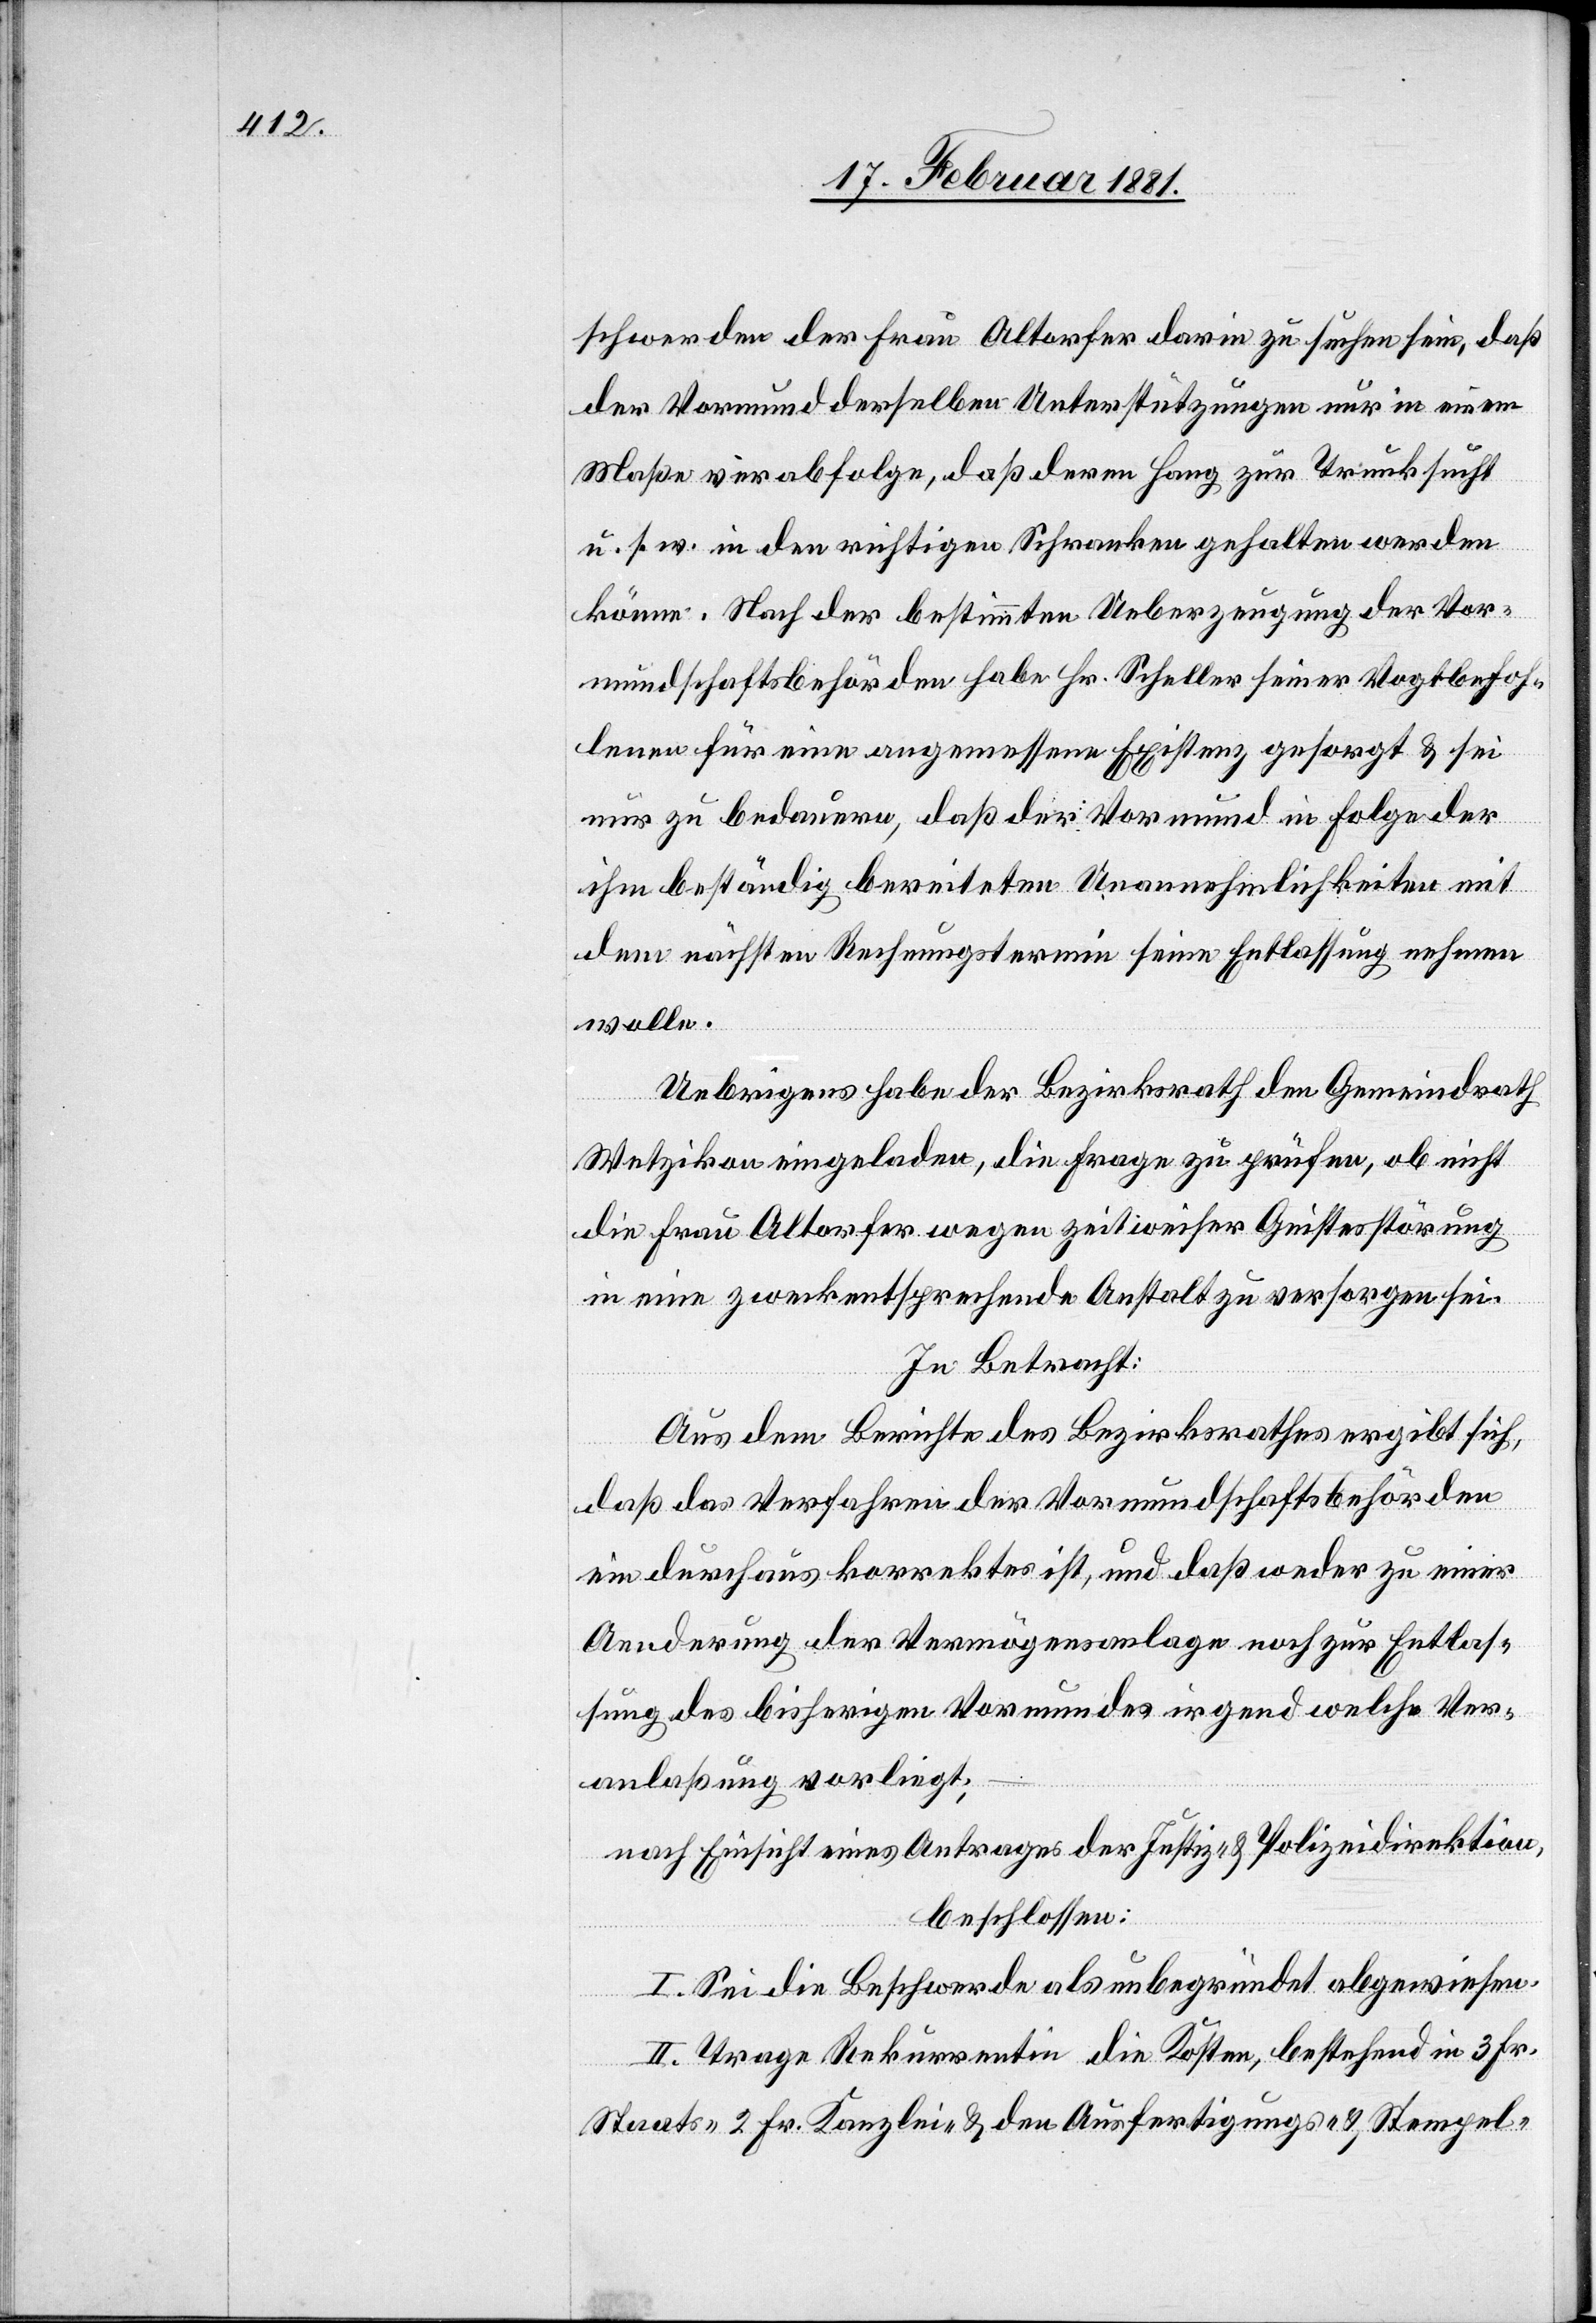
schwerden der Frau Altorfer darin zu suchen sein, daß
der Vormund derselben Unterstützungen nur in einem
Maße verabfolge, daß deren Hang zur Trinksucht
u. s. w. in den richtigen Schranken gehalten werden
könne. Nach der bestimmten Ueberzeugung der Vor¬
mundschaftsbehörden habe Hr. Scheller seiner Vogtbefoh¬
lenen für eine angemessene Existenz gesorgt & sei
nur zu bedauern, daß der Vormund in Folge der
ihm beständig bereiteten Unannehmlichkeiten mit
dem nächsten Rechnungstermin seine Entlassung nehmen
wolle.
Uebrigens habe der Bezirksrath den Gemeindrath
Wetzikon eingeladen, die Frage zu prüfen, ob nicht
die Frau Altorfer wegen zeitweiser Geistesstörung
in eine zweckentsprechende Anstalt zu versorgen sei.
In Betracht:
Aus dem Berichte des Bezirksrathes ergibt sich,
daß das Verfahren der Vormundschaftsbehörden
ein durchaus korrektes ist, und daß weder zu einer
Aenderung der Vermögenslage noch zur Entlas¬
sung des bisherigen Vormundes irgend welche Ver¬
anlaßung vorliegt;
nach Einsicht eines Antrages der Justiz- & Polizeidirektion,
beschlossen:
I. Sei die Beschwerde als unbegründet abgewiesen.
II. Trage Rekurrentin die Kosten, bestehend in 3 Fr.
Staats-[,] 2 Fr. Kanzlei- & den Ausfertigungs- & Stempel-